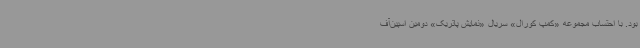
بود. با احتساب مجموعه «کمپ کورال» سریال «نمایش پاتریک» دومین اسپین‌آف